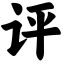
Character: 评